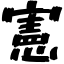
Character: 憲